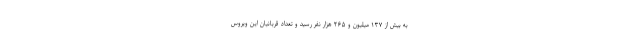
به بیش از ۱۳۷ میلیون و ۲۶۵ هزار نفر رسید و تعداد قربانیان این ویروس